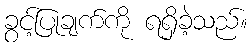
ခွင့်ပြုချက်ကို ရရှိခဲ့သည်။